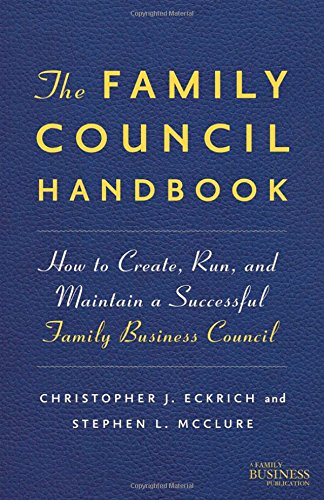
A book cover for The Family Council Handbook: How to Create, Run, and Maintain a Successful Family Business Council (A Family Business Publication); Christopher J. Eckrich; Business & Money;